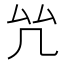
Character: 𠫞